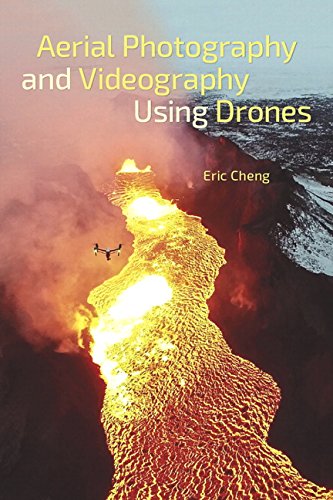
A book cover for Aerial Photography and Videography Using Drones; Eric Cheng; Computers & Technology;